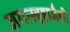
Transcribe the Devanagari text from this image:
जगत्स्त्र्रष्टाजैसी